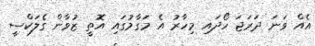
އެއް ވަނަ ދަރަޖަ ހޯދައި މިހާރު އެ މަގާމުގައި އޮތީ ޒުވާން ގެލަކްސީ